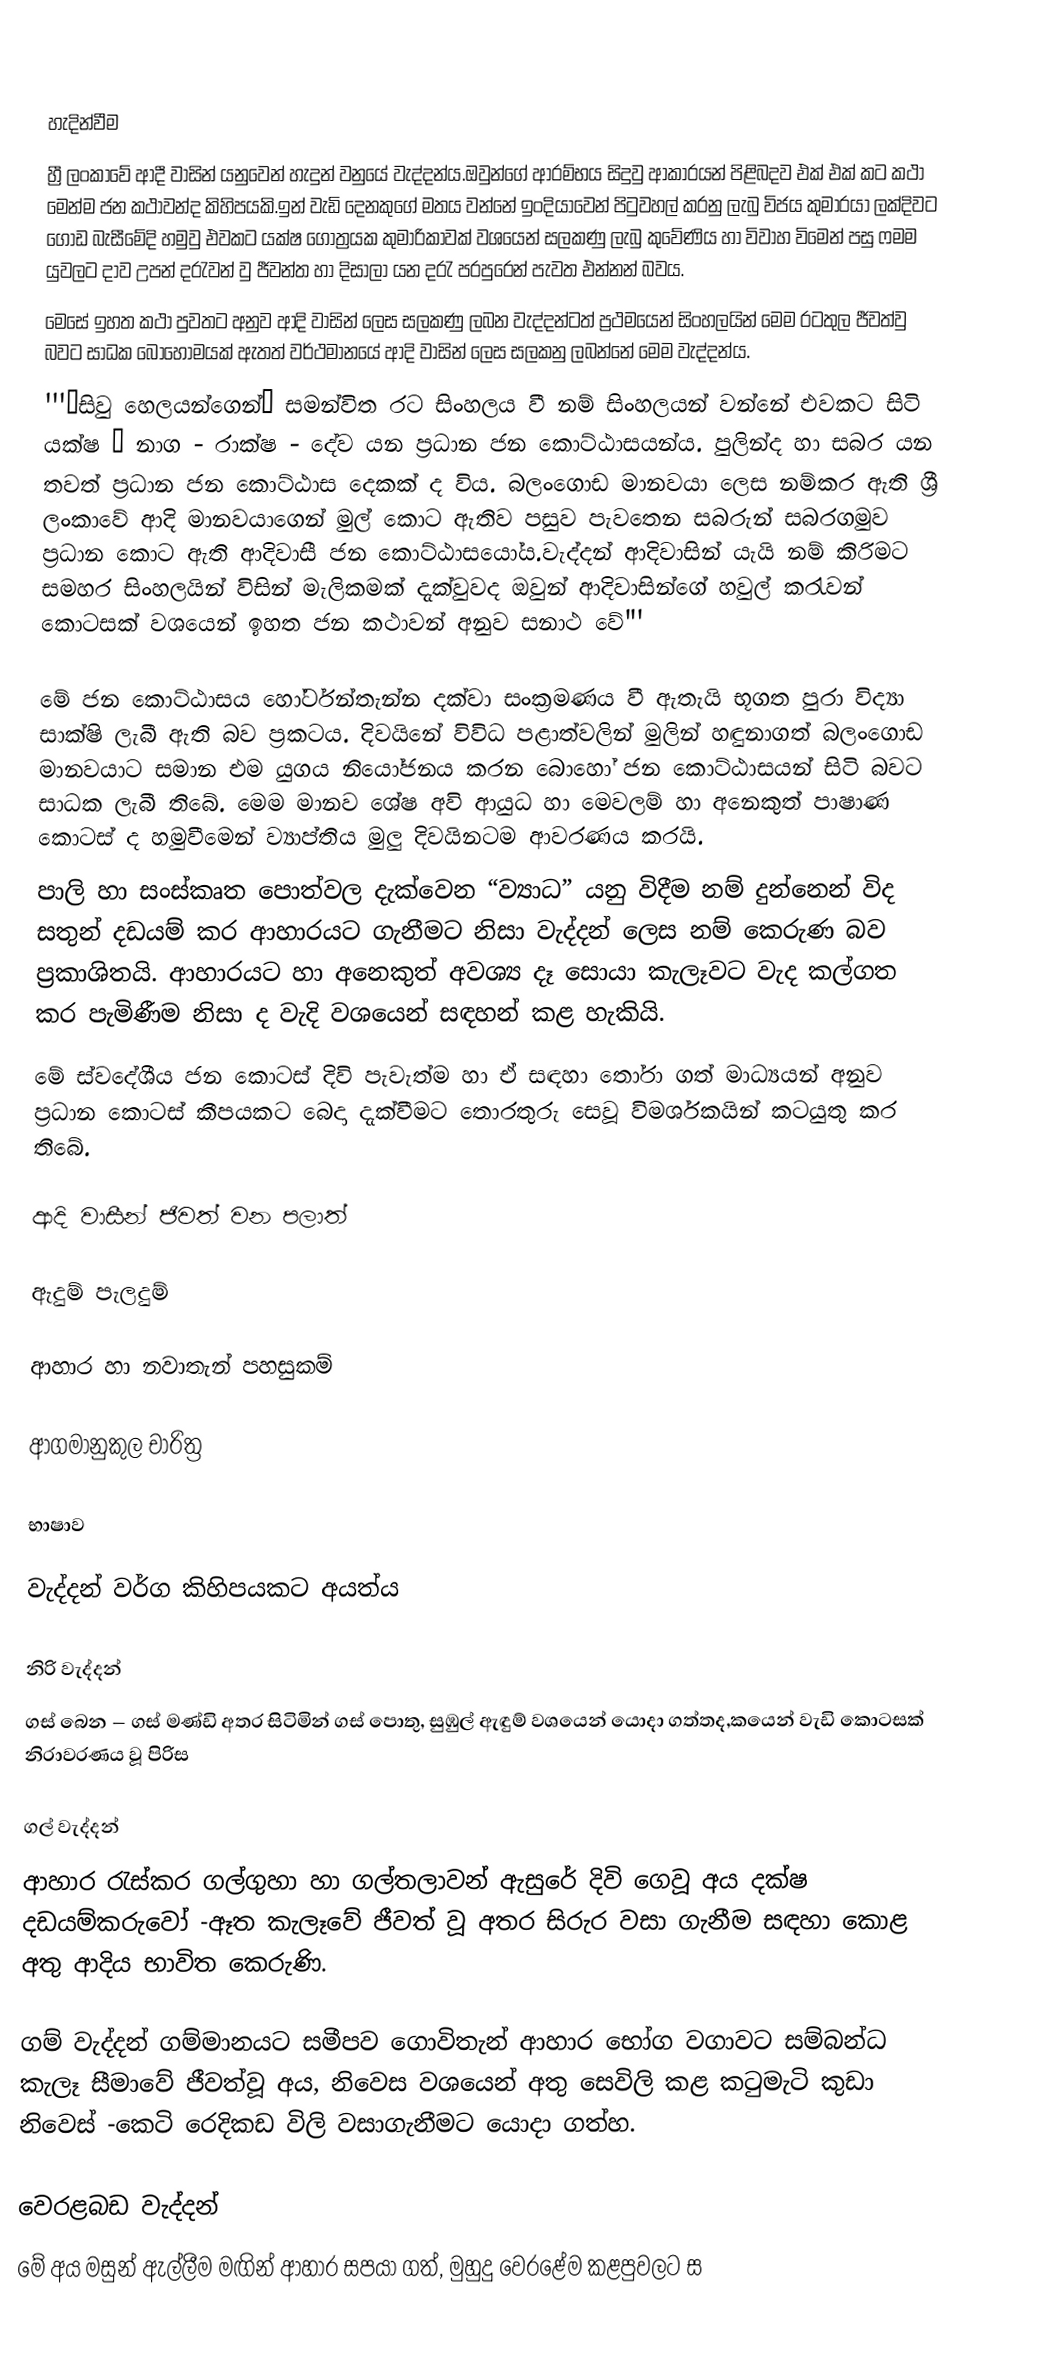

හැදින්වීම
හ්‍රී ලංකාවේ ආදී වාසින් යනුවෙන් හැදුන් වනුයේ වැද්දන්ය.ඔවුන්ගේ ආරම්භය සිදුවු ආකාරයන් පිළිබදව එක් එක් කට කථා මෙන්ම ජන කථාවන්ද කිහිපයකි.ඉන් වැඩි දෙනකුගේ මතය වන්නේ ඉංදියාවෙන් පිටුවහල් කරනු ලැබු විජය කුමාරයා ලක්දිවට ගොඩ බැසීමේදි හමුවු එවකට යක්ෂ ගෝත්‍රයක කුමාරිකාවක් වශයෙන් සලකණු ලැබු කුවේණිය හා විවාහ විමෙන් පසු ෆමම යුවලට දාව උපන් දරැවන් වු ජීවන්ත හා දිසාලා යන දරැ පරපුරෙන් පැවත එන්නන් බවය.
මෙසේ ඉහත කථා පුවතට අනුව ආදි වාසින් ලෙස සලකණු ලබන වැද්දන්ටත් ප්‍රථමයෙන් සිංහලයින් මෙම රටතුල ජීවත්වු බවට සාධක බොහොමයක් ඇතත් වර්ථමානයේ ආදි වාසින් ලෙස සලකනු ලබන්නේ මෙම වැද්දන්ය.
 '''”සිවු හෙලයන්ගෙන්” සමන්විත රට සිංහලය වී නම් සිංහලයන් වන්නේ එවකට සිටි යක්ෂ – නාග - රාක්ෂ - දේව යන ප්‍රධාන ජන කොට්ඨාසයන්ය. පුලින්ද හා සබර යන තවත් ප්‍රධාන ජන කොට්ඨාස දෙකක් ද විය. බලංගොඩ මානවයා ලෙස නම්කර ඇති ශ්‍රී ලංකාවේ ආදි මානවයාගෙන් මුල් කොට ඇතිව පසුව පැවතෙන සබරුන් සබරගමුව ප්‍රධාන කොට ඇති ආදිවාසී ජන කොට්ඨාසයෝය.වැද්දන් ආදිවාසින් යැයි නම් කිරිමට සමහර සිංහලයින් විසින් මැලිකමක් දැක්වුවද ඔවුන් ආදිවාසින්ගේ හවුල් කරැවන් කොටසක් වශයෙන් ඉහත ජන කථාවන් අනුව සනාථ වේ"'

මේ ජන කොට්ඨාසය හෝර්ටන්තැන්න දක්වා සංක්‍රමණය වී ඇතැයි භූගත පුරා විද්‍යා සාක්ෂි ලැබී ඇති බව ප්‍රකටය. දිවයිනේ විවිධ පළාත්වලින් මුලින් හඳුනාගත් බලංගොඩ මානවයාට සමාන එම යුගය නියෝජනය කරන බොහෝ ජන කොට්ඨාසයන් සිටි බවට සාධක ලැබී තිබේ. මෙම මානව ශේෂ අවි ආයුධ හා මෙවලම් හා අනෙකුත් පාෂාණ කොටස් ද හමුවීමෙන් ව්‍යාප්තිය මුලු දිවයිනටම ආවරණය කරයි.
පාලි හා සංස්කෘත පොත්වල දැක්වෙන “ව්‍යාධ” යනු විදීම නම් දුන්නෙන් විද සතුන් දඩයම් කර ආහාරයට ගැනීමට නිසා වැද්දන් ලෙස නම් කෙරුණ බව ප්‍රකාශිතයි. ආහාරයට හා අනෙකුත් අවශ්‍ය  දෑ සොයා කැලෑවට වැද කල්ගත කර පැමිණීම නිසා ද වැදි වශයෙන් සඳහන් කළ හැකියි.
මේ ස්වදේශීය ජන කොටස් දිවි පැවැත්ම හා ඒ සඳහා තෝරා ගත් මාධ්‍යයන් අනුව ප්‍රධාන කොටස් කීපයකට බෙදා දැක්වීමට තොරතුරු සෙවූ විමර්ශකයින් කටයුතු කර තිබේ.

ආදි වාසීන් ජිවත් වන පලාත්

ඇදුම් පැලදුම්

ආහාර හා නවාතැන් පහසුකම්

ආගමානුකුල චාරිත්‍ර

භාෂාව

වැද්දන් වර්ග කිහිපයකට අයත්ය

නිරි වැද්දන්
ගස් බෙන – ගස් මණ්ඩි අතර සිටිමින් ගස් පොතු, සුඹුල් ඇඳුම් වශයෙන් යොදා ගත්තද,කයෙන් වැඩි කොටසක් නිරාවරණය වූ පිරිස

ගල් වැද්දන්
ආහාර රැස්කර ගල්ගුහා හා ගල්තලාවන් ඇසුරේ දිවි ගෙවූ අය දක්ෂ දඩයම්කරුවෝ -ඈත කැලෑවේ ජීවත් වූ අතර සිරුර වසා ගැනීම සඳහා කොළ අතු ආදිය භාවිත කෙරුණි.

ගම් වැද්දන්  ගම්මානයට සමීපව ගොවිතැන් ආහාර භෝග වගාවට සම්බන්ධ කැලෑ සීමාවේ ජීවත්වූ අය, නිවෙස වශයෙන් අතු සෙවිලි කළ කටුමැටි කුඩා නිවෙස් -කෙටි රෙදිකඩ විලි වසාගැනීමට යොදා ගත්හ.

වෙරළබඩ වැද්දන්
මේ අය මසුන් ඇල්ලීම මඟින් ආහාර සපයා ගත්, මුහුදු වෙරළේම කළපුවලට ස